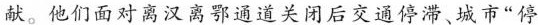
献。他们面对离汉离鄂通道关闭后交通停滞、城市”停